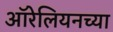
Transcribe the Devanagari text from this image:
ऑरेलियनच्या